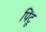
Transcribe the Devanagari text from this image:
पिंटू